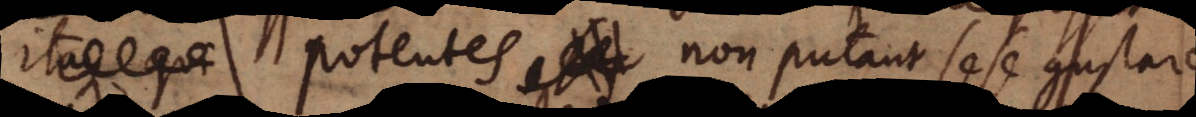
it. Potentes non putant sese gustare